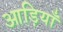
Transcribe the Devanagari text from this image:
आड़ियाँ